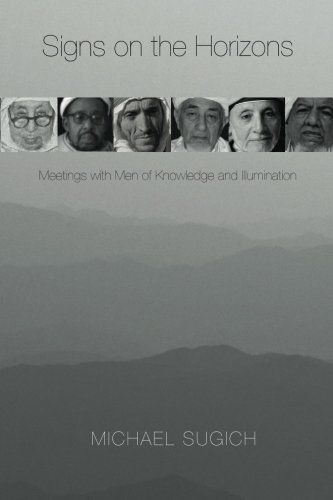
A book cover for Signs on the Horizons: Meetings with Men of Knowledge and Illumination; Michael Sugich; Religion & Spirituality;